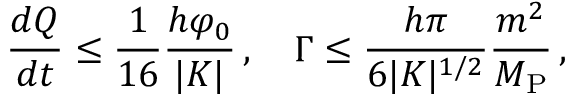
\frac { d Q } { d t } \leq \frac { 1 } { 1 6 } \frac { h \varphi _ { 0 } } { | K | } \, , ~ ~ ~ \Gamma \leq \frac { h \pi } { 6 | K | ^ { 1 / 2 } } \frac { m ^ { 2 } } { M _ { \mathrm { P } } } \, ,